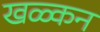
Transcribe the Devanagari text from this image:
खळ्कन